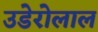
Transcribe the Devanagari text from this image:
उडेरोलाल